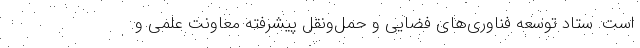
است. ستاد توسعه فناوری‌های فضایی و حمل‌ونقل پیشرفته معاونت علمی و